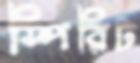
স্পিরিট